Lunatic asylums Madras 1892-1911 - 1892-1911
Year: 1892
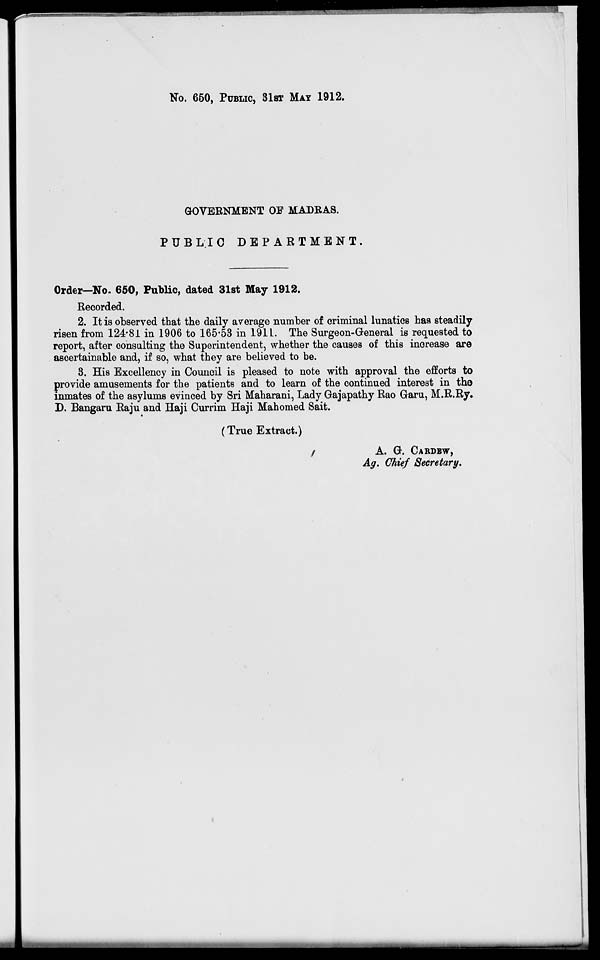
No. 650, PUBLIC, 31ST MAY 1912.
GOVERNMENT OF MADRAS.
PUBLIC DEPARTMENT.
Order—No. 650, Public, dated 31st May 1912.
Recorded.
2. It is observed that the daily average number of criminal lunatics has steadily
risen from 124*81 in 1906 to 165-53 in 1911. The Surgeon-General is requested to
report, after consulting the Superintendent, whether the causes of this inorease are
ascertainable and, if so, what they are believed to be.
3. His Excellency in Council is pleased to note with approval the efforts to
provide amusements for the patients and to learn of the continued interest in the
inmates of the asylums evinced by Sri Maharani, Lady Gajapathy Rao Garu, M.R.Ry.
D. Bangaru Raju and Haji Currim Haji Mahomed Sait.
(True Extract.)
A. G. CARDBW,
Ag. Chief Secretary.